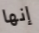
إنها